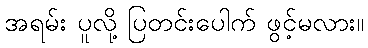
အရမ်း ပူလို့ ပြတင်းပေါက် ဖွင့်မလား။